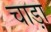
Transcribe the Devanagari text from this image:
चाड़ा